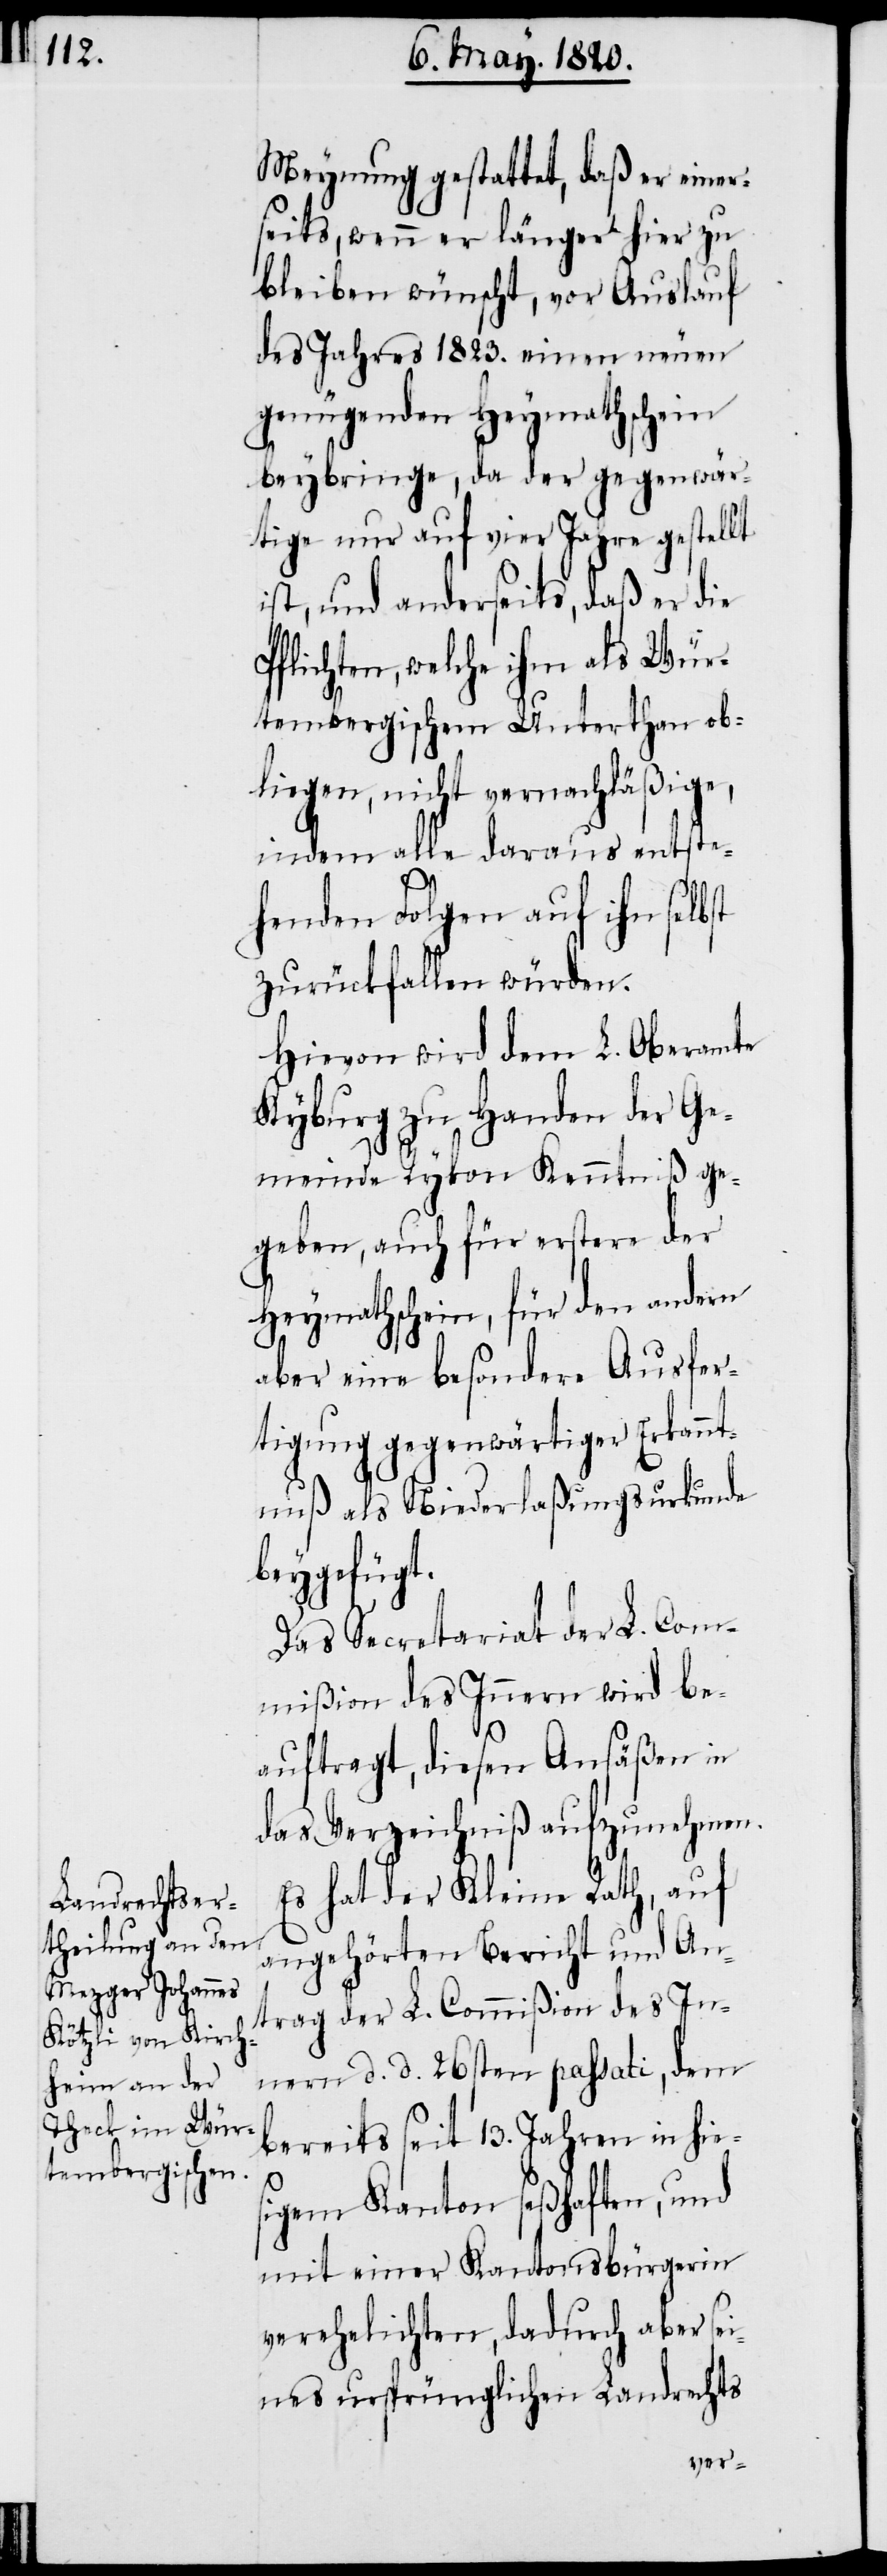
Meynung gestattet, daß er einer¬
seits, wenn er länger hier zu
bleiben wünscht, vor Auslauf
des Jahres 1823. einen neuen
genügenden Heymathschein
beybringe, da der gegenwär¬
tige nur auf vier Jahre gestel¬
ist, und anderseits, daß er die
Pflichten, welche ihm als Wür¬
tembergischen Unterthan ob¬
liegen, nicht vernachläßige,
indem alle daraus entste¬
henden Folgen auf ihn selbst
zurückfallen würden.
Hievon wird dem L. Oberamte
Kyburg zu Handen der Ge¬
meinde Rykon Kenntniβ ge¬
geben, auch für erstere der
Heymathschein, für den andern
aber eine besondere Ausfer¬
tigung gegenwärtiger Erkennt¬
nuß als Niederlaßungsurkunde
beygefügt.
Das Secretariat der L. Co¬
mißion des Innern wird be¬
auftragt, diesen Ansäßen in
das Verzeichniß aufzunehmen.
Es hat der Kleine Rath, auf
angehörten Bericht und Ant¬
rag der L. Commiβion des In¬
lt
nern d. d. 26sten passati, dem
bereits seit 13. Jahren in hie¬
sigem Kanton seßhaften, und
mit einer Kantonsbürgerin
verehelichten, dadurch aber sei¬
nes ursprünglichen Landrechts